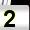
Digit: 2